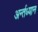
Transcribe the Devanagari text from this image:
अर्न्‍तध्‍यान